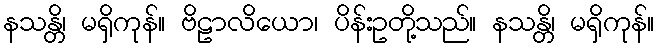
နသန္တိ၊ မရှိကုန်။ ဗိဠာလိယော၊ ပိန်းဥတို့သည်။ နသန္တိ၊ မရှိကုန်။